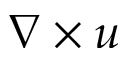
\nabla \times u